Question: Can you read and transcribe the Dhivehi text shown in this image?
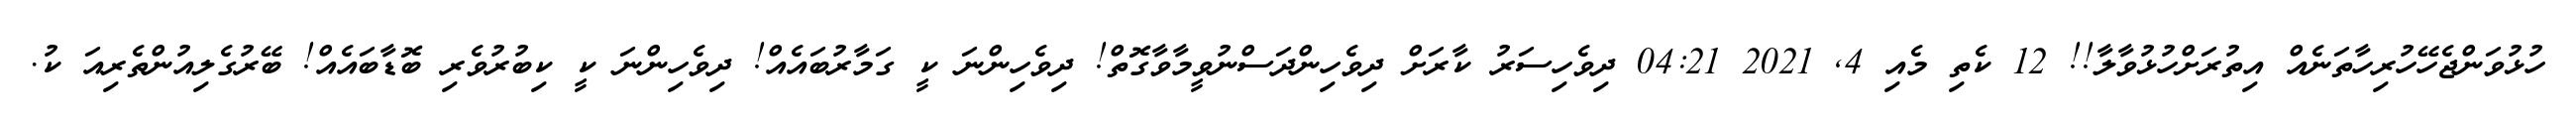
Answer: ހުޅުވަންޖެހޭހުރިހާތަނެއް އިތުރަށްހުޅުވާލާ!! 12 ކެތި މެއި 4, 2021 04:21 ދިވެހިސަރު ކާރަށް ދިވެހިންދަސްނުވީމާވާގޮތް! ދިވެހިންނަ ކީ ގަމާރުބައެއް! ދިވެހިންނަ ކީ ކިބުރުވެރި ބޮޑާބައެއް! ބޭރުގެލިއުންތެރިއަ ކު.